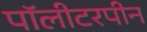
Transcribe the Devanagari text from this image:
पॉलीटरपीन